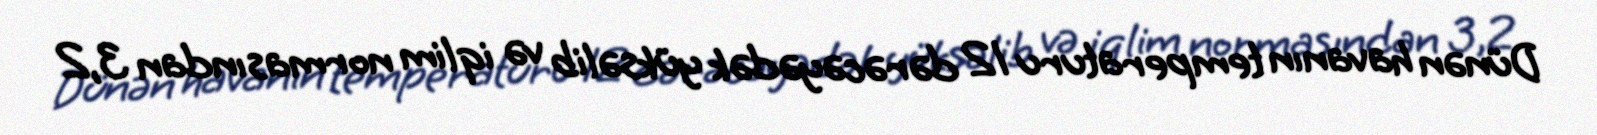
Dünən havanın temperaturu 12 dərəcəyədək yüksəlib və iqlim normasından 3,2